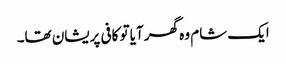
ایک شام وہ گھر آیا تو کافی پریشان تھا۔